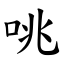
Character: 咷